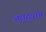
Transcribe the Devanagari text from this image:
असहयाग